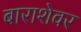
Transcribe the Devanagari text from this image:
बाराशेवर